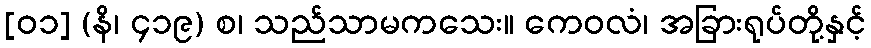
[၀၁] (နိ၊ ၄၁၉) စ၊ သည်သာမကသေး။ ကေဝလံ၊ အခြားရုပ်တို့နှင့်